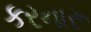
કરનારૂ